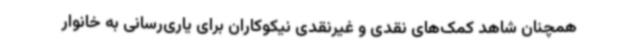
همچنان شاهد کمک‌های نقدی و غیرنقدی نیکوکاران برای یاری‌رسانی به خانوار